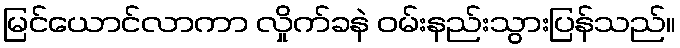
မြင်ယောင်လာကာ လှိုက်ခနဲ ဝမ်းနည်းသွားပြန်သည်။